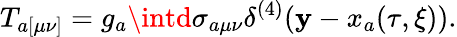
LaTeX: T_{a[\mu\nu]}=g_{a}\intd\sigma_{a\mu\nu}\delta^{(4)}(\mathbf{y}-x_{a}(\tau,\xi)).